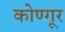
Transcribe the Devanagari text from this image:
कोण्गूर